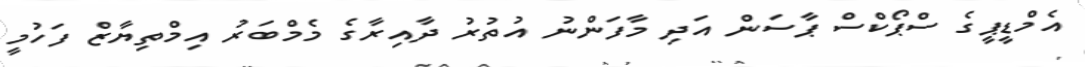
އެމްޑީޕީގެ ސްޕޯކްސް ޕާސަން އަދި މާފަންނު އުތުރު ދާއިރާގެ މެމްބަރު އިމްތިޔާޒް ފަހުމީ